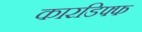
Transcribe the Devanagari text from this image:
कारडिफ्फ